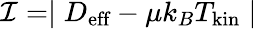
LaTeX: {\cal I}=\mid D_{\textrm{eff}}-\mu k_{B}T_{\mathrm{{kin}}}\mid